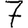
Digit: 7